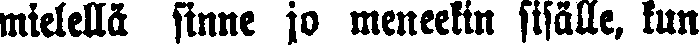
mielellä sinne jo meneekin sisälle, kun